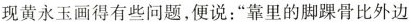
现黄永玉画得有些问题，便说：”靠里的脚踝骨比外边